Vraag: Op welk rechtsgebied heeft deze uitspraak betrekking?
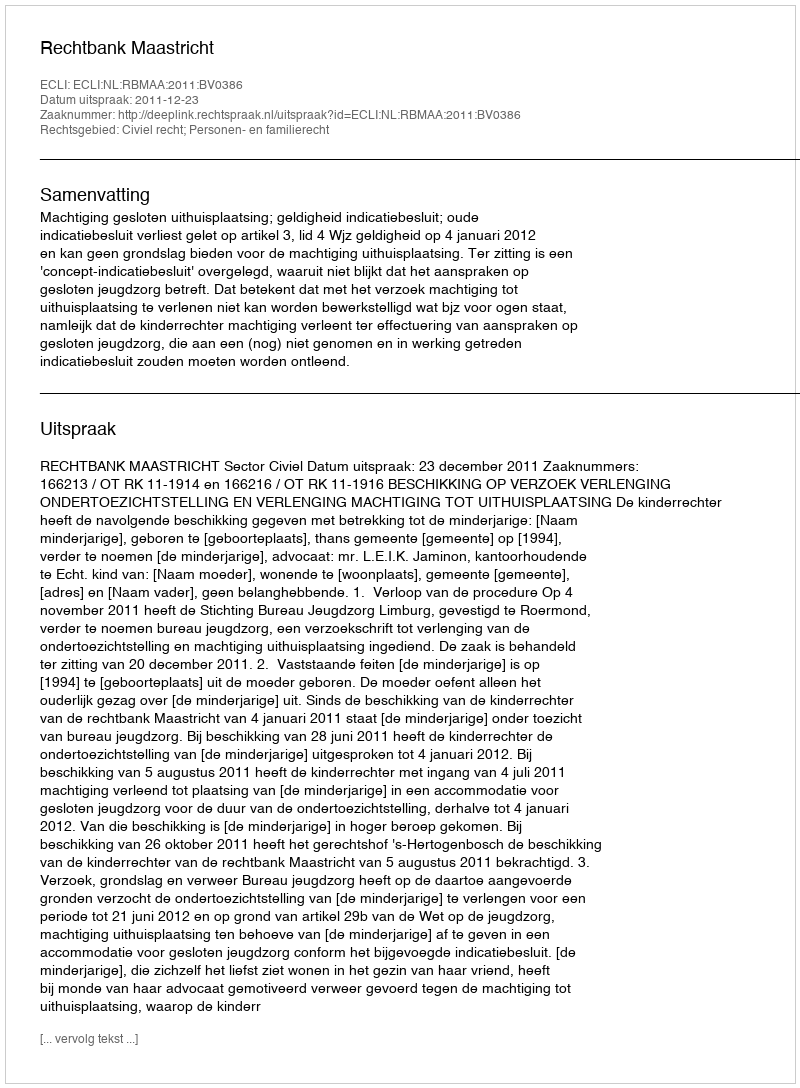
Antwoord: Civiel recht; Personen- en familierecht